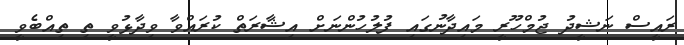
ރައީސް ނަޝީދު ޖުމްހޫރީ މައިދާނުގައި ފުލުހުންނަށް އިޝާރަތް ކުރައްވާ ވިދާޅުވީ ތި ތިއްބެވީ